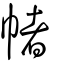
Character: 帾